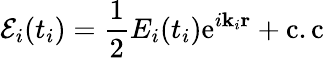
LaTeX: \mathcal{E}_{i}(t_{i})=\frac{1}{2}E_{i}(t_{i})\mathrm{e}^{i\mathbf{k}_{i}\mathbf{r}}+\mathrm{c.c}